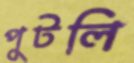
পুটলি